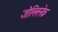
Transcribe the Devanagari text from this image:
जेल्लिनेक